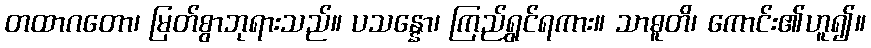
တထာဂတော၊ မြတ်စွာဘုရားသည်။ ပသန္နော၊ ကြည်ရွှင်ရကား။ သာဓူတိ၊ ကောင်း၏ဟူ၍။